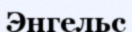
Энгельс